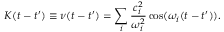
K ( t - t ^ { \prime } ) \equiv \nu ( t - t ^ { \prime } ) = \sum _ { i } \frac { c _ { i } ^ { 2 } } { \omega _ { i } ^ { 2 } } \cos ( \omega _ { i } ( t - t ^ { \prime } ) ) .